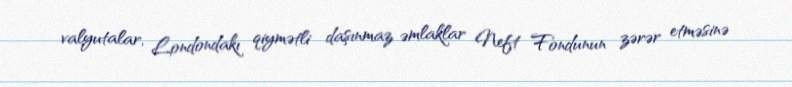
valyutalar, Londondakı qiymətli daşınmaz əmlaklar Neft Fondunun zərər etməsinə